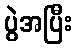
ပွဲအပြီး